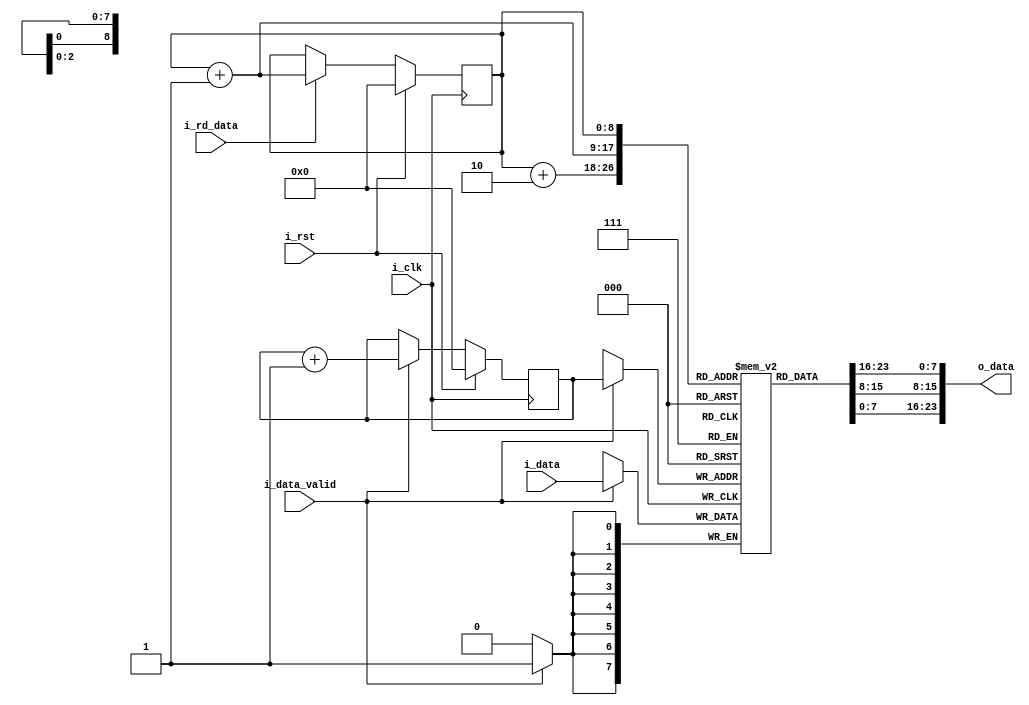
`timescale 1ns / 1ps
//////////////////////////////////////////////////////////////////////////////////
// Company: 
// Engineer: 
// 
// Design Name: 
// Module Name: LineBuffer
// Project Name: 
// Target Devices: 
// Tool Versions: 
// Description: 
// 
// Dependencies: 
// 
// Revision:
// Revision 0.01 - File Created
// Additional Comments:
// 
//////////////////////////////////////////////////////////////////////////////////


module lineBuffer(
input   i_clk,
input   i_rst,
input [7:0] i_data,
input   i_data_valid,
output [23:0] o_data,            //3 pixels each of 8 bits. to be read according to kernel size
input i_rd_data                  //signal to star reading from Line Buffer
);

reg [7:0] line [511:0]; //line buffer
reg [8:0] wrPntr;
reg [8:0] rdPntr;

always @(posedge i_clk)
begin
    if(i_data_valid)
        line[wrPntr] <= i_data;
end

always @(posedge i_clk)
begin
    if(i_rst)
        wrPntr <= 'd0;
    else if(i_data_valid)
        wrPntr <= wrPntr + 'd1;
end

assign o_data = {line[rdPntr],line[rdPntr+1],line[rdPntr+2]};

always @(posedge i_clk)
begin
    if(i_rst)
        rdPntr <= 'd0;
    else if(i_rd_data)
        rdPntr <= rdPntr + 'd1;
end


endmodule